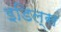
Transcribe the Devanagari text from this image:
इडिल्स